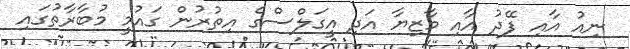
ނިއު އާއި ފޭދު އާއި މާޒިޔާ އަދި އީގަލްސްގެ އިތުރުން ގައުމީ މުބާރާތުގައި